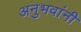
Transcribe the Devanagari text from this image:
अनुभवांनी